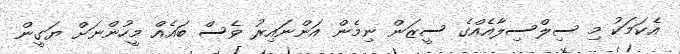
އެކަމަކު މި ސިލްސިލާއެއްގެ ސީޒަން ނިމެން އަންނައިރު ވެސް ބައެއް މީހުންނަށް ޔަގީން